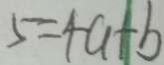
5 = 4 a + b